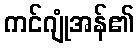
ကင်ဂျုံအန်၏